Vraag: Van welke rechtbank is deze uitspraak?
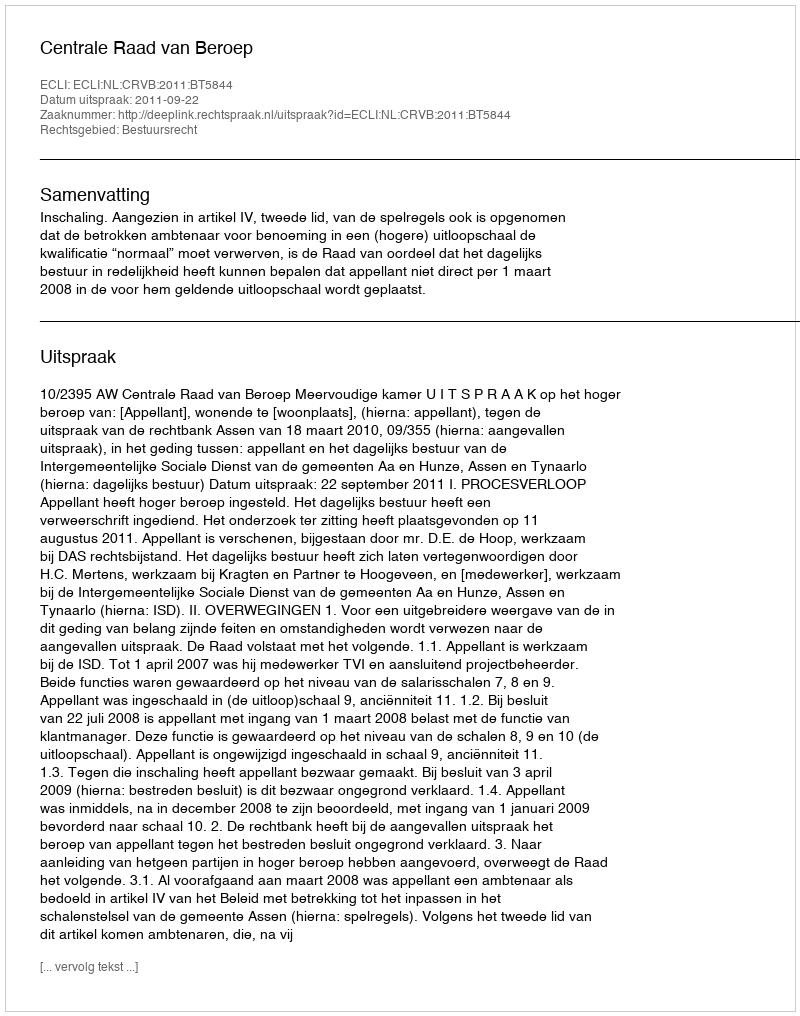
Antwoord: Centrale Raad van Beroep